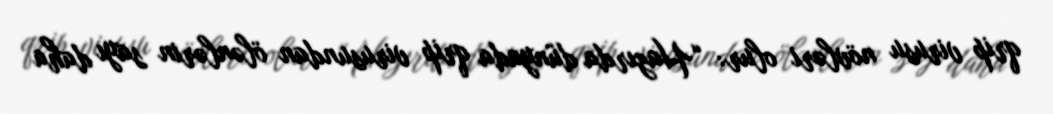
qrip virusu növləri olur: “Hazırda dünyada qrip virusundan ölənlərin sayı daha